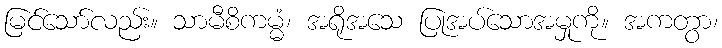
မြင်သော်လည်း။ သာမီစိကမ္မံ၊ အရိုအသေ ပြုအပ်သောအမှုကို။ အကတွာ၊